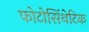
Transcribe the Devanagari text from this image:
फोटोसिंथेटिक